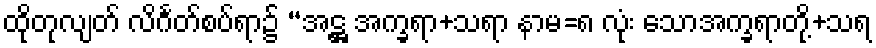
ထိုတုလျတ် လိင်္ဂတ်စပ်ရာ၌ “အဋ္ဌ အက္ခရာ+သရာ နာမ=၈ လုံး သောအက္ခရာတို့+သရ